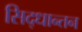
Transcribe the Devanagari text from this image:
सिद्धान्तन